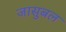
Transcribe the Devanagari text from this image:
जासुबल